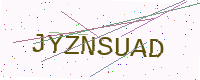
Text: JYZNSUAD